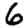
Digit: 6